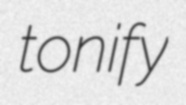
tonify